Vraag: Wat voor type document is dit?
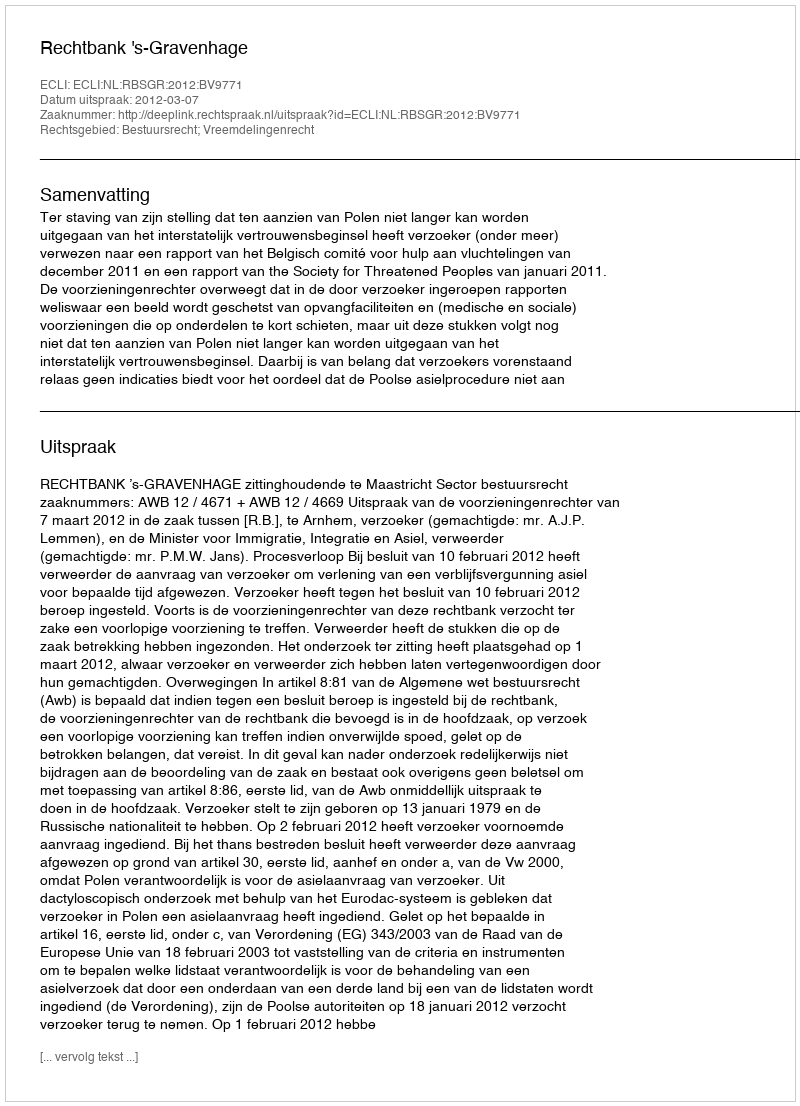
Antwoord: Uitspraak